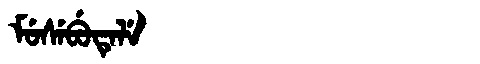
Manchu: ᠮᡠᠰᡝᠪᡠᡨᡝᠯᡝ
Romanization: MUSEBUTELE